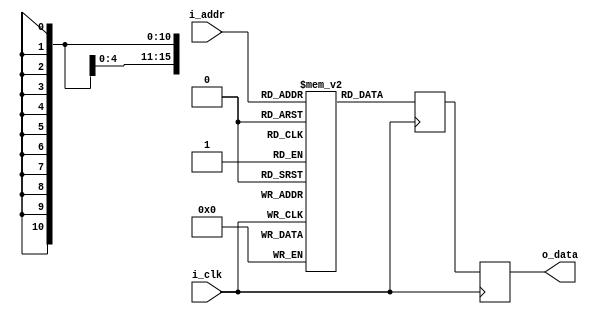
`timescale 1ns / 1ps

//////////////////////////////////////////////////////////////////////////////////
// Company: 
// 
// Design Name: 
// Module Name: memoria_programa
// Project Name: BIPI
// Target Devices: 
// Tool Versions: 
// Description:
// 
// Dependencies: 
// 
// Revision:
// Revision 0.01 - File Created
// Additional Comments:
// 
//////////////////////////////////////////////////////////////////////////////////

module memoria_programa
#(
  parameter RAM_WIDTH = 16,                       //ancho de entradas
  parameter RAM_DEPTH = 2048,                     //numero de entradas de la memoria
  parameter RAM_PERFORMANCE = "HIGH_PERFORMANCE", 
  parameter INIT_FILE = ""             // direccion del archivo txt de inicializacion de la memoria
)
(
  input [clogb2(RAM_DEPTH) - 2 : 0] i_addr,   //Bus de direccion
  input i_clk,                            // Clock
  output [RAM_WIDTH - 1 : 0] o_data       //Output para la lectura
);
        
  wire wea = 0 ;                 
  wire [RAM_WIDTH - 1 : 0] dina = 0;  // RAM input data

  reg [RAM_WIDTH - 1 : 0] BRAM [RAM_DEPTH - 1 : 0];
  reg [RAM_WIDTH - 1 : 0] ram_data = {RAM_WIDTH {1'b0}};

  // Inicializacion de la memoria ,en 0's si el archivo es nulo
  generate
    if (INIT_FILE != "") begin: use_init_file
      initial
        $readmemb(INIT_FILE, BRAM, 0, RAM_DEPTH - 1);
    end else begin: init_bram_to_zero
      integer ram_index;
      initial
        for (ram_index = 0; ram_index < RAM_DEPTH; ram_index = ram_index + 1)
          BRAM[ram_index] = {RAM_WIDTH {1'b0}};
    end
  endgenerate

  always @(posedge i_clk)
      if (wea)
        BRAM [i_addr] <= dina;//si esta en modo escritura se escribe en bram el input data
      else
        ram_data <= BRAM [i_addr];//lectura en flaco descendente para la mem datos

  //  modo HIGH_PERFORMANCE (flanco ascendente) o LOW_LATENCY (flanco descendente)
  generate
    if (RAM_PERFORMANCE == "LOW_LATENCY") begin: no_output_register


       assign o_data = ram_data;//lectura en flaco descendente para la mem datos

    end else begin: output_register


      reg [RAM_WIDTH - 1 : 0] reg_data_out = {RAM_WIDTH {1'b0}};

      always @(posedge i_clk)
          reg_data_out <= ram_data;     

      assign o_data = reg_data_out;//lectura en flaco ascendente para la mem de programa

    end
  endgenerate

  //funcion para el calculo de la direccion en base a la ram_depth
  function integer clogb2;
    input integer depth;
      for (clogb2 = 0; depth > 0; clogb2 = clogb2+1)
        depth = depth >> 1;
  endfunction

endmodule